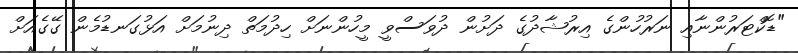
"ޑޮކްޓަރުންނާއި ނަރުހުންގެ އިރުޝާދުގެ ދަށުން ދުވަސްވީ މީހުންނަށް ހިދުމަތް ދިނުމަށް އަޅުގަނޑުމެން ގޭގެއަށް